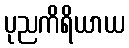
ပုညကိရိယာယ